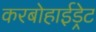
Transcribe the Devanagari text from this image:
करबोहाईड्रेट